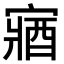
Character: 𫳼